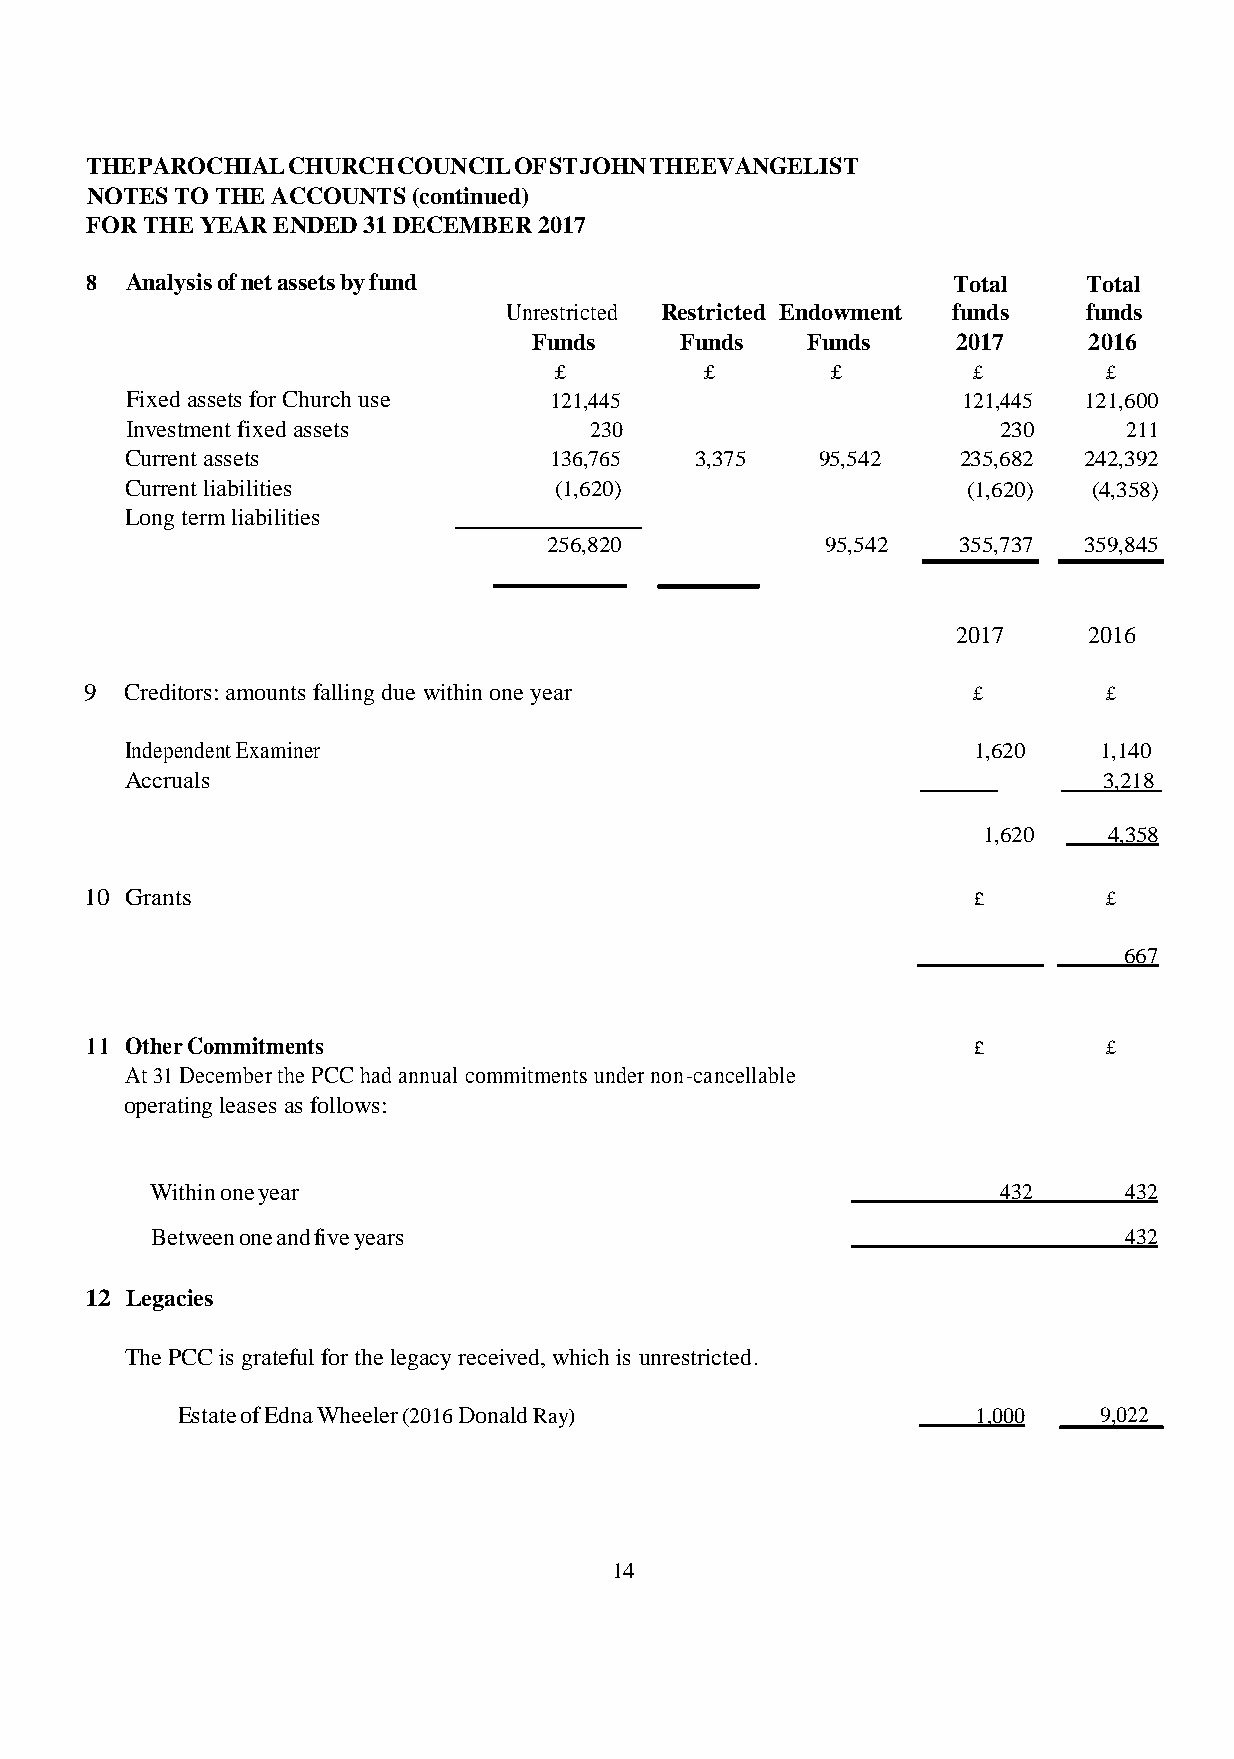
THE PAROCHIAL CHURCH COUNCIL OF ST JOHN THE EVANGELIST
 NOTES TO THE ACCOUNTS (continued)
 FOR THE YEAR ENDED 31 DECEMBER 2017
 8 Analysis of net assets by fund                         Total    Total
 Unrestricted Restricted Endowment funds funds
 Funds     Funds   Funds     2017     2016
 £         £       £        £        £
 Fixed assets for Church use 121,445                     121,445 121,600
 Investment fixed assets        230                        230      211
 Current assets              136,765   3,375   95,542   235,682  242,392
 Current liabilities          (1,620)                    (1,620) (4,358)
 Long term liabilities
 256,820            95,542  355,737  359,845
 2017     2016
 9 Creditors: amounts falling due within one year          £        £
 Independent Examiner                                    1,620    1,140
 Accruals                                                         3,218
 1,620   4,358
 10 Grants                                                 £        £
 667
 11 Other Commitments                                      £        £
 At 31 December the PCC had annual commitments under non-cancellable
 operating leases as follows:
 Within one year                                         432     432
 Between one and five years                                      432
 12 Legacies
 The PCC is grateful for the legacy received, which is unrestricted.
 Estate of Edna Wheeler (2016 Donald Ray)             1,000   9,022
 14